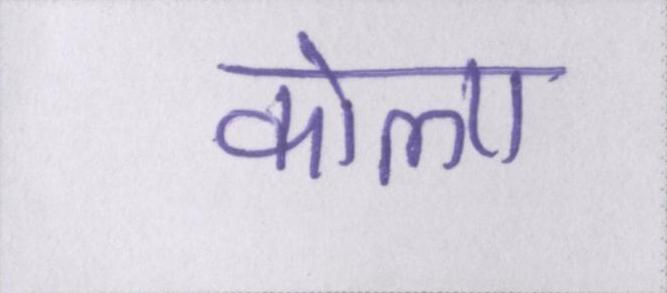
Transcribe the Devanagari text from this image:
कोला